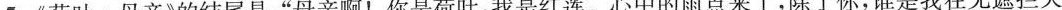
5.《荷叶·母亲》的结尾是：”母亲啊！你是荷叶，我是红莲。心中的雨点来了，除了你，谁是我在无遮拦天